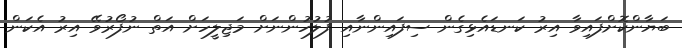
ބަޔާންކޮށްފައިވާ އިރު ކަނޑައެޅިގެން ސިފައިންނާއި ފުލުހުންނަށް މަޖިލީހަށް އަތް ނުފޯރުވޭ އިރު އެކަން